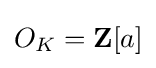
O_{K}=\mathbf {Z} [a]